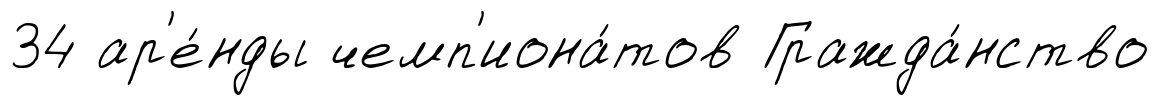
34 ар'е́нды чемп'иона́тов Гражда́нство